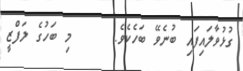
ގުޅުވާލައިފައި ބުނެވޭ ބަހެކެވެ.     މި ބަހުގެ ލަފްޒީ